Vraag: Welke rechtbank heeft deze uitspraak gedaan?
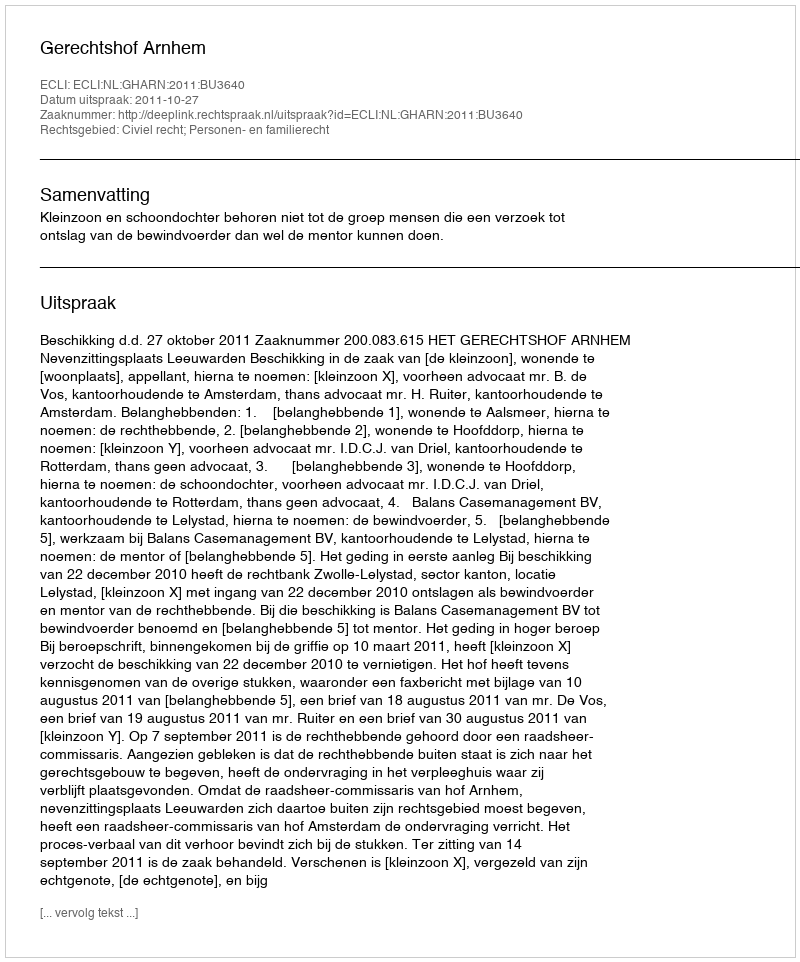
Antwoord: Gerechtshof Arnhem